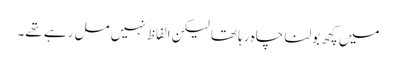
میں کچھ بولنا چاہ رہا تھا لیکن الفاظ نہیں مل رہے تھے۔